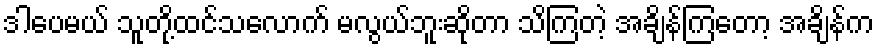
ဒါပေမယ် သူတို့ထင်သလောက် မလွယ်ဘူးဆိုတာ သိကြတဲ့ အချိန်ကြတော့ အချိန်က